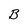
Character: B